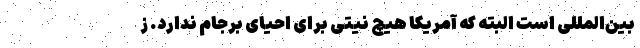
بین‌المللی است البته که آمریکا هیچ نیتی برای احیای برجام ندارد. ز